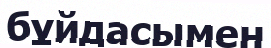
бұйдасымен